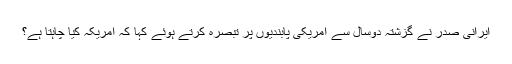
ایرانی صدر نے گزشتہ دوسال سے امریکی پابندیوں پر تبصرہ کرتے ہوئے کہا کہ امریکہ کیا چاہتا ہے؟